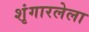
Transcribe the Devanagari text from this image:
शृंगारलेला